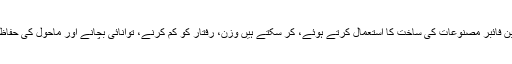
کاربن فائبر مصنوعات کی ساخت کا استعمال کرتے ہوئے، کر سکتے ہیں وزن، رفتار کو کم کرنے، توانائی بچانے اور ماحول کی حفاظت ۔